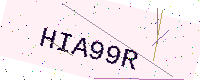
Text: HIA99R